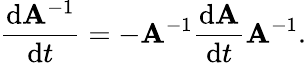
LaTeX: {\frac{\mathrm{d}\mathbf{A}^{-1}}{\mathrm{d}t}}=-\mathbf{A}^{-1}{\frac{\mathrm{d}\mathbf{A}}{\mathrm{d}t}}\mathbf{A}^{-1}.